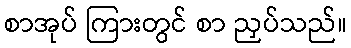
စာအုပ် ကြားတွင် စာ ညှပ်သည်။